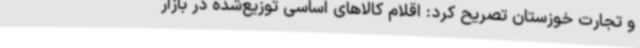
و تجارت خوزستان تصریح کرد: اقلام کالاهای اساسی توزیع‌شده در بازار